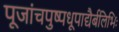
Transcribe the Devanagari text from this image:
पूजांचपुष्पधूपाद्यैर्बलिभिः